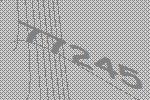
77245